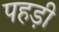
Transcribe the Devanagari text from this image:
पहड़ी